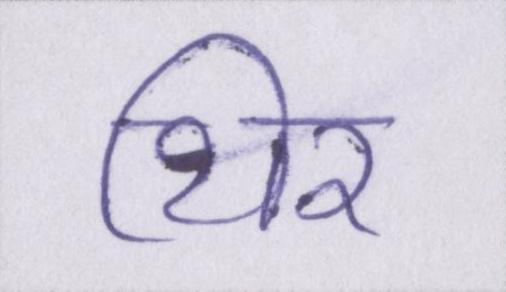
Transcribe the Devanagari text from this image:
थिर